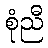
စုံညီ